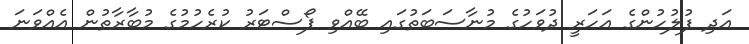
އަދި ފުލުހުންގެ އަހަރީ ދުވަހުގެ މުނާސަބަތުގައި ބޭއްވި ޕޯސްޓަރު ކުރެހުމުގެ މުބާރާތުން އެއްވަނަ